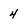
Character: 4